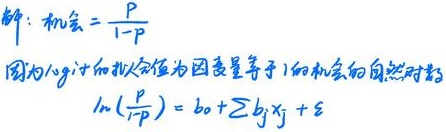
解：机会=$\frac{P}{1 - P}$
因为logit的机会值为因变量等于1的机会的自然对数
$\ln(\frac{P}{1 - P}) = b_0+\sum b_j x_j+\varepsilon$